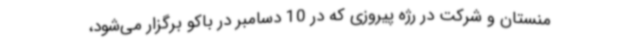
منستان و شرکت در رژه پیروزی که در 10 دسامبر در باکو برگزار می‌شود،